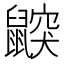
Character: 鼵